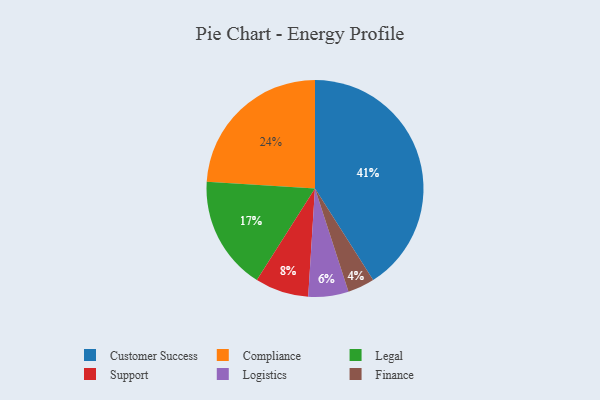
{"axis": {"x": "Category", "y": "Percentage"}, "legend": ["Compliance", "Customer Success", "Finance", "Legal", "Logistics", "Support"], "data": [{"x": "Logistics", "y": 6, "type": "Logistics"}, {"x": "Compliance", "y": 24, "type": "Compliance"}, {"x": "Finance", "y": 4, "type": "Finance"}, {"x": "Customer Success", "y": 41, "type": "Customer Success"}, {"x": "Legal", "y": 17, "type": "Legal"}, {"x": "Support", "y": 8, "type": "Support"}]}